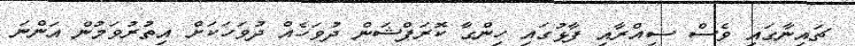
ޗައިނާގައި ވެސް ސިއްރާއި ފާޅުގައި ހިންގާ ކޮރަޕްޝަން ދުވަހެއް ދުވަހަކަށް އިތުރުވަމުން އަންނަ